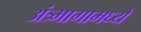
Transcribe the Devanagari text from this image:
अंत्र्भागामध्ये